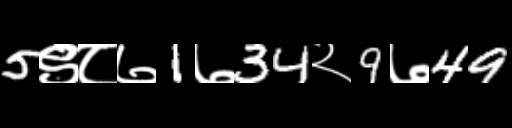
Text: 5९८७1७34२9७49